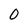
Character: 0